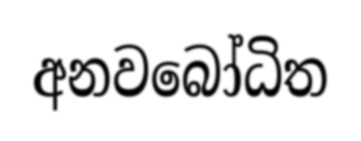
අනවබෝධිත